Annual report on the working of the mental hospitals in the Madras Presidency - 1912-1932
Year: 1912
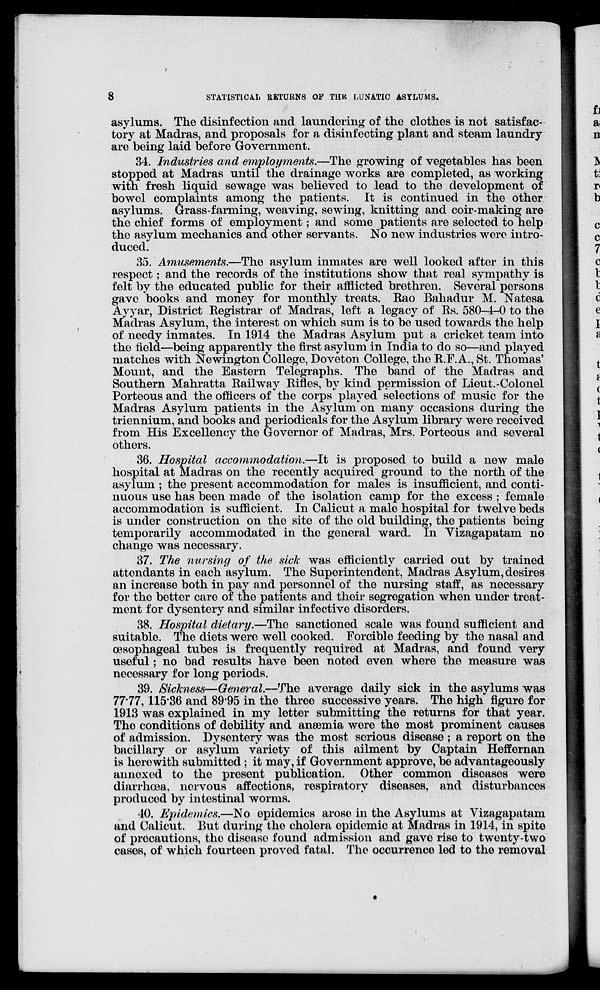
8
STATISTICAL RETURNS OF THE LUNATIC ASYLUMS.
asylums. The disinfection and laundering of the clothes is not satisfac-
tory at Madras, and proposals for a disinfecting plant and steam laundry
are being laid before Government.
34. Industries and employments.—The growing of vegetables has been
stopped at Madras until the drainage works are completed, as working
with fresh liquid sewage was believed to lead to the development of
bowel complaints among the patients. It is continued in the other
asylums. Grass-farming, weaving, sewing, knitting and coir-making are
the chief forms of employment; and some patients are selected to help
the asylum mechanics and other servants. No new industries were intro-
duced.
35. Amusements.—The asylum inmates are well looked after in this
respect; and the records of the institutions show that real sympathy is
felt by the educated public for their afflicted brethren. Several persons
gave books and money for monthly treats. Rao Bahadur M. Natesa
Ayyar, District Registrar of Madras, left a legacy of Rs. 580-4-0 to the
Madras Asylum, the interest on which sum is to be used towards the help
of needy inmates. In 1914 the Madras Asylum put a cricket team into
the field.—being apparently the first asylum in India to do so—and played
matches with Newington College, Doveton College, the R.F.A., St. Thomas'
Mount, and the Eastern Telegraphs. The band of the Madras and
Southern Mahratta Railway Rifles, by kind permission of Lieut.-Colonel
Porteous and the officers of the corps played selections of music for the
Madras Asylum patients in the Asylum on many occasions during the
triennium, and books and periodicals for the Asylum library were received
from His Excellency the Governor of Madras, Mrs. Porteous and several
others.
36. Hospital accommodation.—It is proposed to build a new male
hospital at Madras on the recently acquired ground to the north of the
asylum ; the present accommodation for males is insufficient, and conti-
nuous use has been made of the isolation camp for the excess ; female
accommodation is sufficient. In Calicut a male hospital for twelve beds
is under construction on the site of the old building, the patients being
temporarily accommodated in the general ward. In Vizagapatam no
change was necessary.
37. The nursing of the sick was efficiently carried out by trained
attendants in each asylum. The Superintendent, Madras Asylum, desires
an increase both in pay and personnel of the nursing staff, as necessary
for the better care of the patients and their segregation when under treat-
ment for dysentery and similar infective disorders.
38. Hospital dietary.—The sanctioned scale was found sufficient and
suitable. The diets were well cooked. Forcible feeding by the nasal and
œsophageal tubes is frequently required at Madras, and found very
useful; no bad results have been noted even where the measure was
necessary for long periods.
39. Sickness—General.—The average daily sick in the asylums was
7777,115.36 and 89.95 in the three successive years. The high figure for
1913 was explained in my letter submitting the returns for that year.
The conditions of debility and anæmia were the most prominent causes
of admission. Dysentery was the most serious disease ; a report on the
bacillary or asylum variety of this ailment by Captain Heffernan
is herewith submitted; it may, if Government approve, be advantageously
annexed to the present publication. Other common diseases were
diarrhœa, nervous affections, respiratory diseases, and disturbances
produced by intestinal worms.
40. Epidemics.—No epidemics arose in the Asylums at Vizagapatam
and Calicut. But during the cholera epidemic at Madras in 1914, in spite
of precautions, the disease found admission and gave rise to twenty-two
cases, of which fourteen proved fatal. The occurrence led to the removal